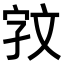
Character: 𫿰